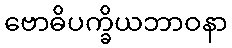
ဗောဓိပက္ခိယဘာဝနာ